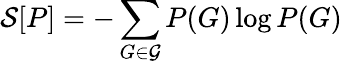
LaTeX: \mathcal{S}[P]=-\sum_{G\in\mathcal{G}}P(G)\log P(G)